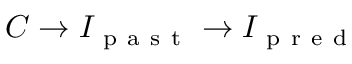
C \to I _ { \mathrm { ~ p ~ a ~ s ~ t ~ } } \to I _ { \mathrm { ~ p ~ r ~ e ~ d ~ } }